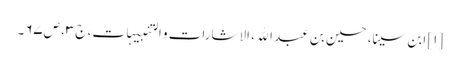
[۱] ابن سینا، حسین بن عبد الله، الاشارات و التنبیہات، ج‌۳، ص‌۶۷‌۔